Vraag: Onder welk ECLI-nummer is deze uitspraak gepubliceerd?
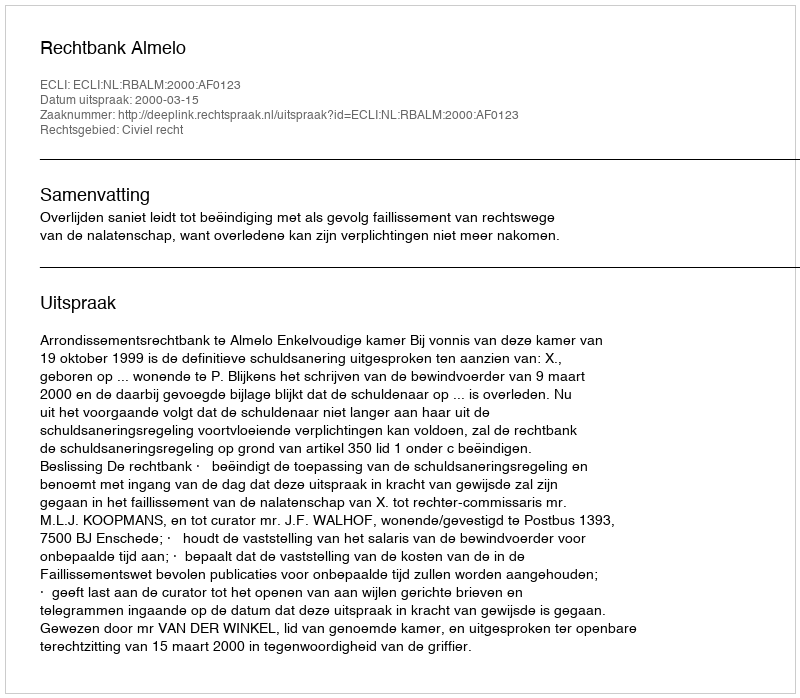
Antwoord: ECLI:NL:RBALM:2000:AF0123